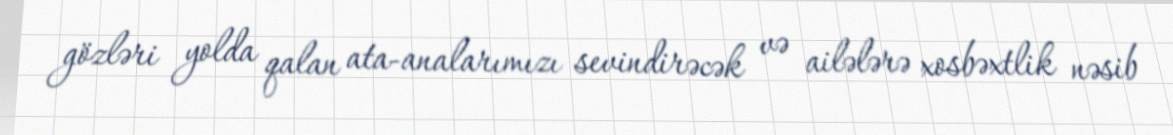
gözləri yolda qalan ata-analarımızı sevindirəcək və ailələrə xosbəxtlik nəsib